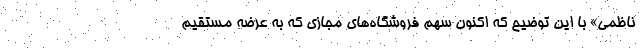
ناظمی» با این توضیح که اکنون سهم فروشگاه‌های مجازی که به عرضه مستقیم